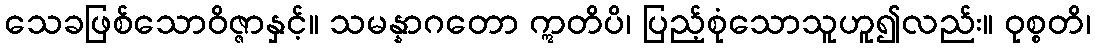
သေခဖြစ်သောဝိဇ္ဇာနှင့်။ သမန္နာဂတော ဣတိပိ၊ ပြည့်စုံသောသူဟူ၍လည်း။ ဝုစ္စတိ၊